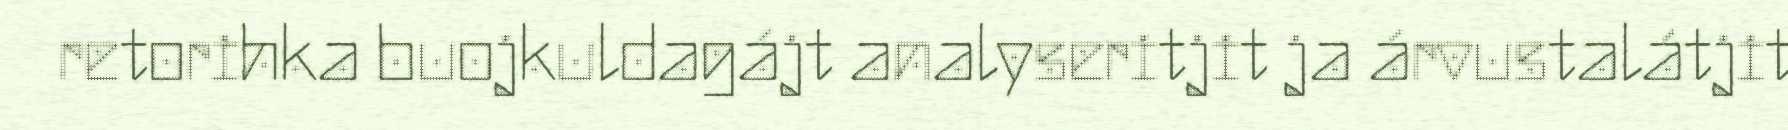
retorihka buojkuldagájt analyseritjit ja árvustalátjit